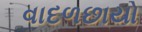
વાદળછાયો